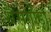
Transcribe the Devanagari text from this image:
थेसगोड़ा